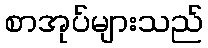
စာအုပ်များသည်